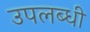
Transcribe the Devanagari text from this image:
उपलब्‍धी